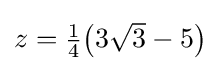
{\textstyle z={\tfrac {1}{4}}{\bigl (}3{\sqrt {3}}-5{\bigr )}}